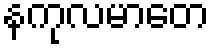
နကုလမာတေ